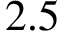
2 . 5